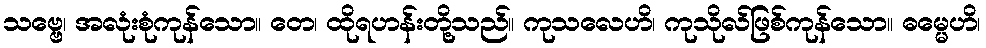
သဗ္ဗေ၊ အလုံးစုံကုန်သော။ တေ၊ ထိုရဟန်းတို့သည်။ ကုသလေဟိ၊ ကုသိုလ်ဖြစ်ကုန်သော။ ဓမ္မေဟိ၊